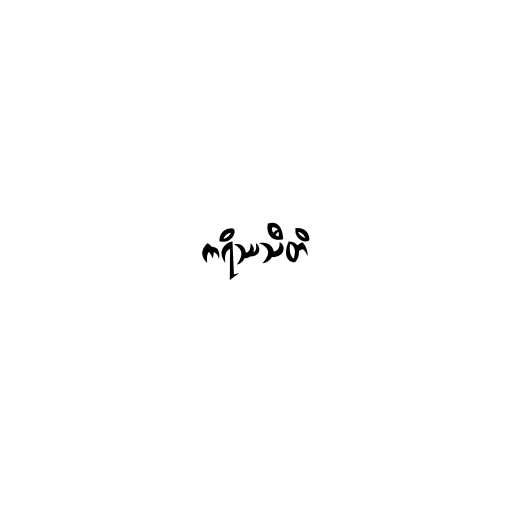
ကရိဿသီတိ